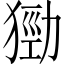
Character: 𤠃